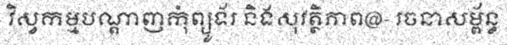
វិស្វកម្មបណ្តាញកុំព្យូទ័រ និងសុវត្ថិភាព@- រចនាសម្ព័ន្ធ